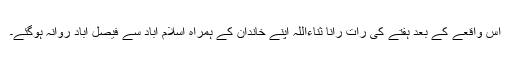
اس واقعے کے بعد ہفتے کی رات رانا ثناءاللہ اپنے خاندان کے ہمراہ اسلام آباد سے فیصل آباد روانہ ہوگئے۔